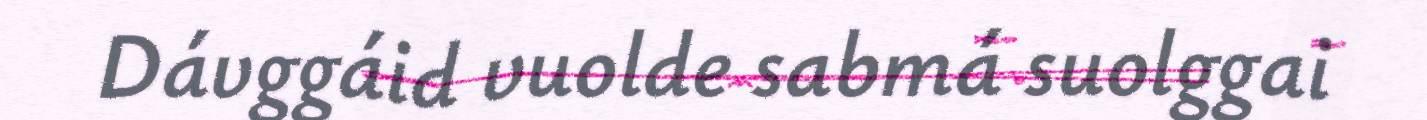
Dávggáid vuolde sabmá suolggai